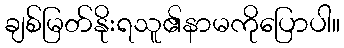
ချစ်မြတ်နိုးရသူ၏နာမကိုပြောပါ။